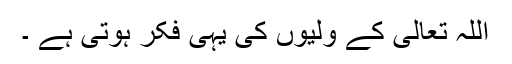
اللہ تعالی کے ولیوں کی یہی فکر ہوتی ہے ۔